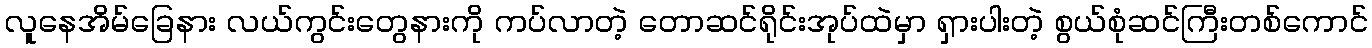
လူနေအိမ်ခြေနား လယ်ကွင်းတွေနားကို ကပ်လာတဲ့ တောဆင်ရိုင်းအုပ်ထဲမှာ ရှားပါးတဲ့ စွယ်စုံဆင်ကြီးတစ်ကောင်